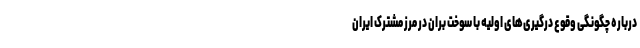
درباره چگونگی وقوع درگیری‌های اولیه با سوخت بران در مرز مشترک ایران